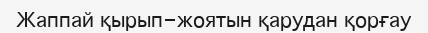
Жаппай қырып-жоятын қарудан қорғау